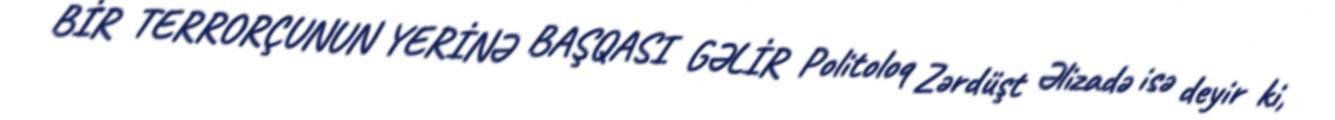
BİR TERRORÇUNUN YERİNƏ BAŞQASI GƏLİR Politoloq Zərdüşt Əlizadə isə deyir ki,